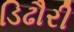
ડિઢૌરી